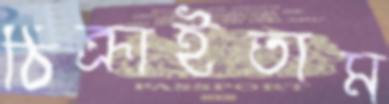
ঠিক্‌রাইতাম